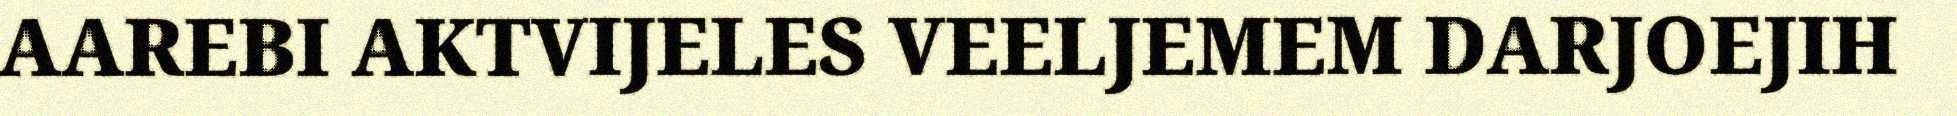
AAREBI AKTVIJELES VEELJEMEM DARJOEJIH